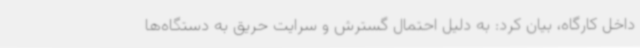
داخل کارگاه، بیان کرد: به دلیل احتمال گسترش و سرایت حریق به دستگاه‌ها